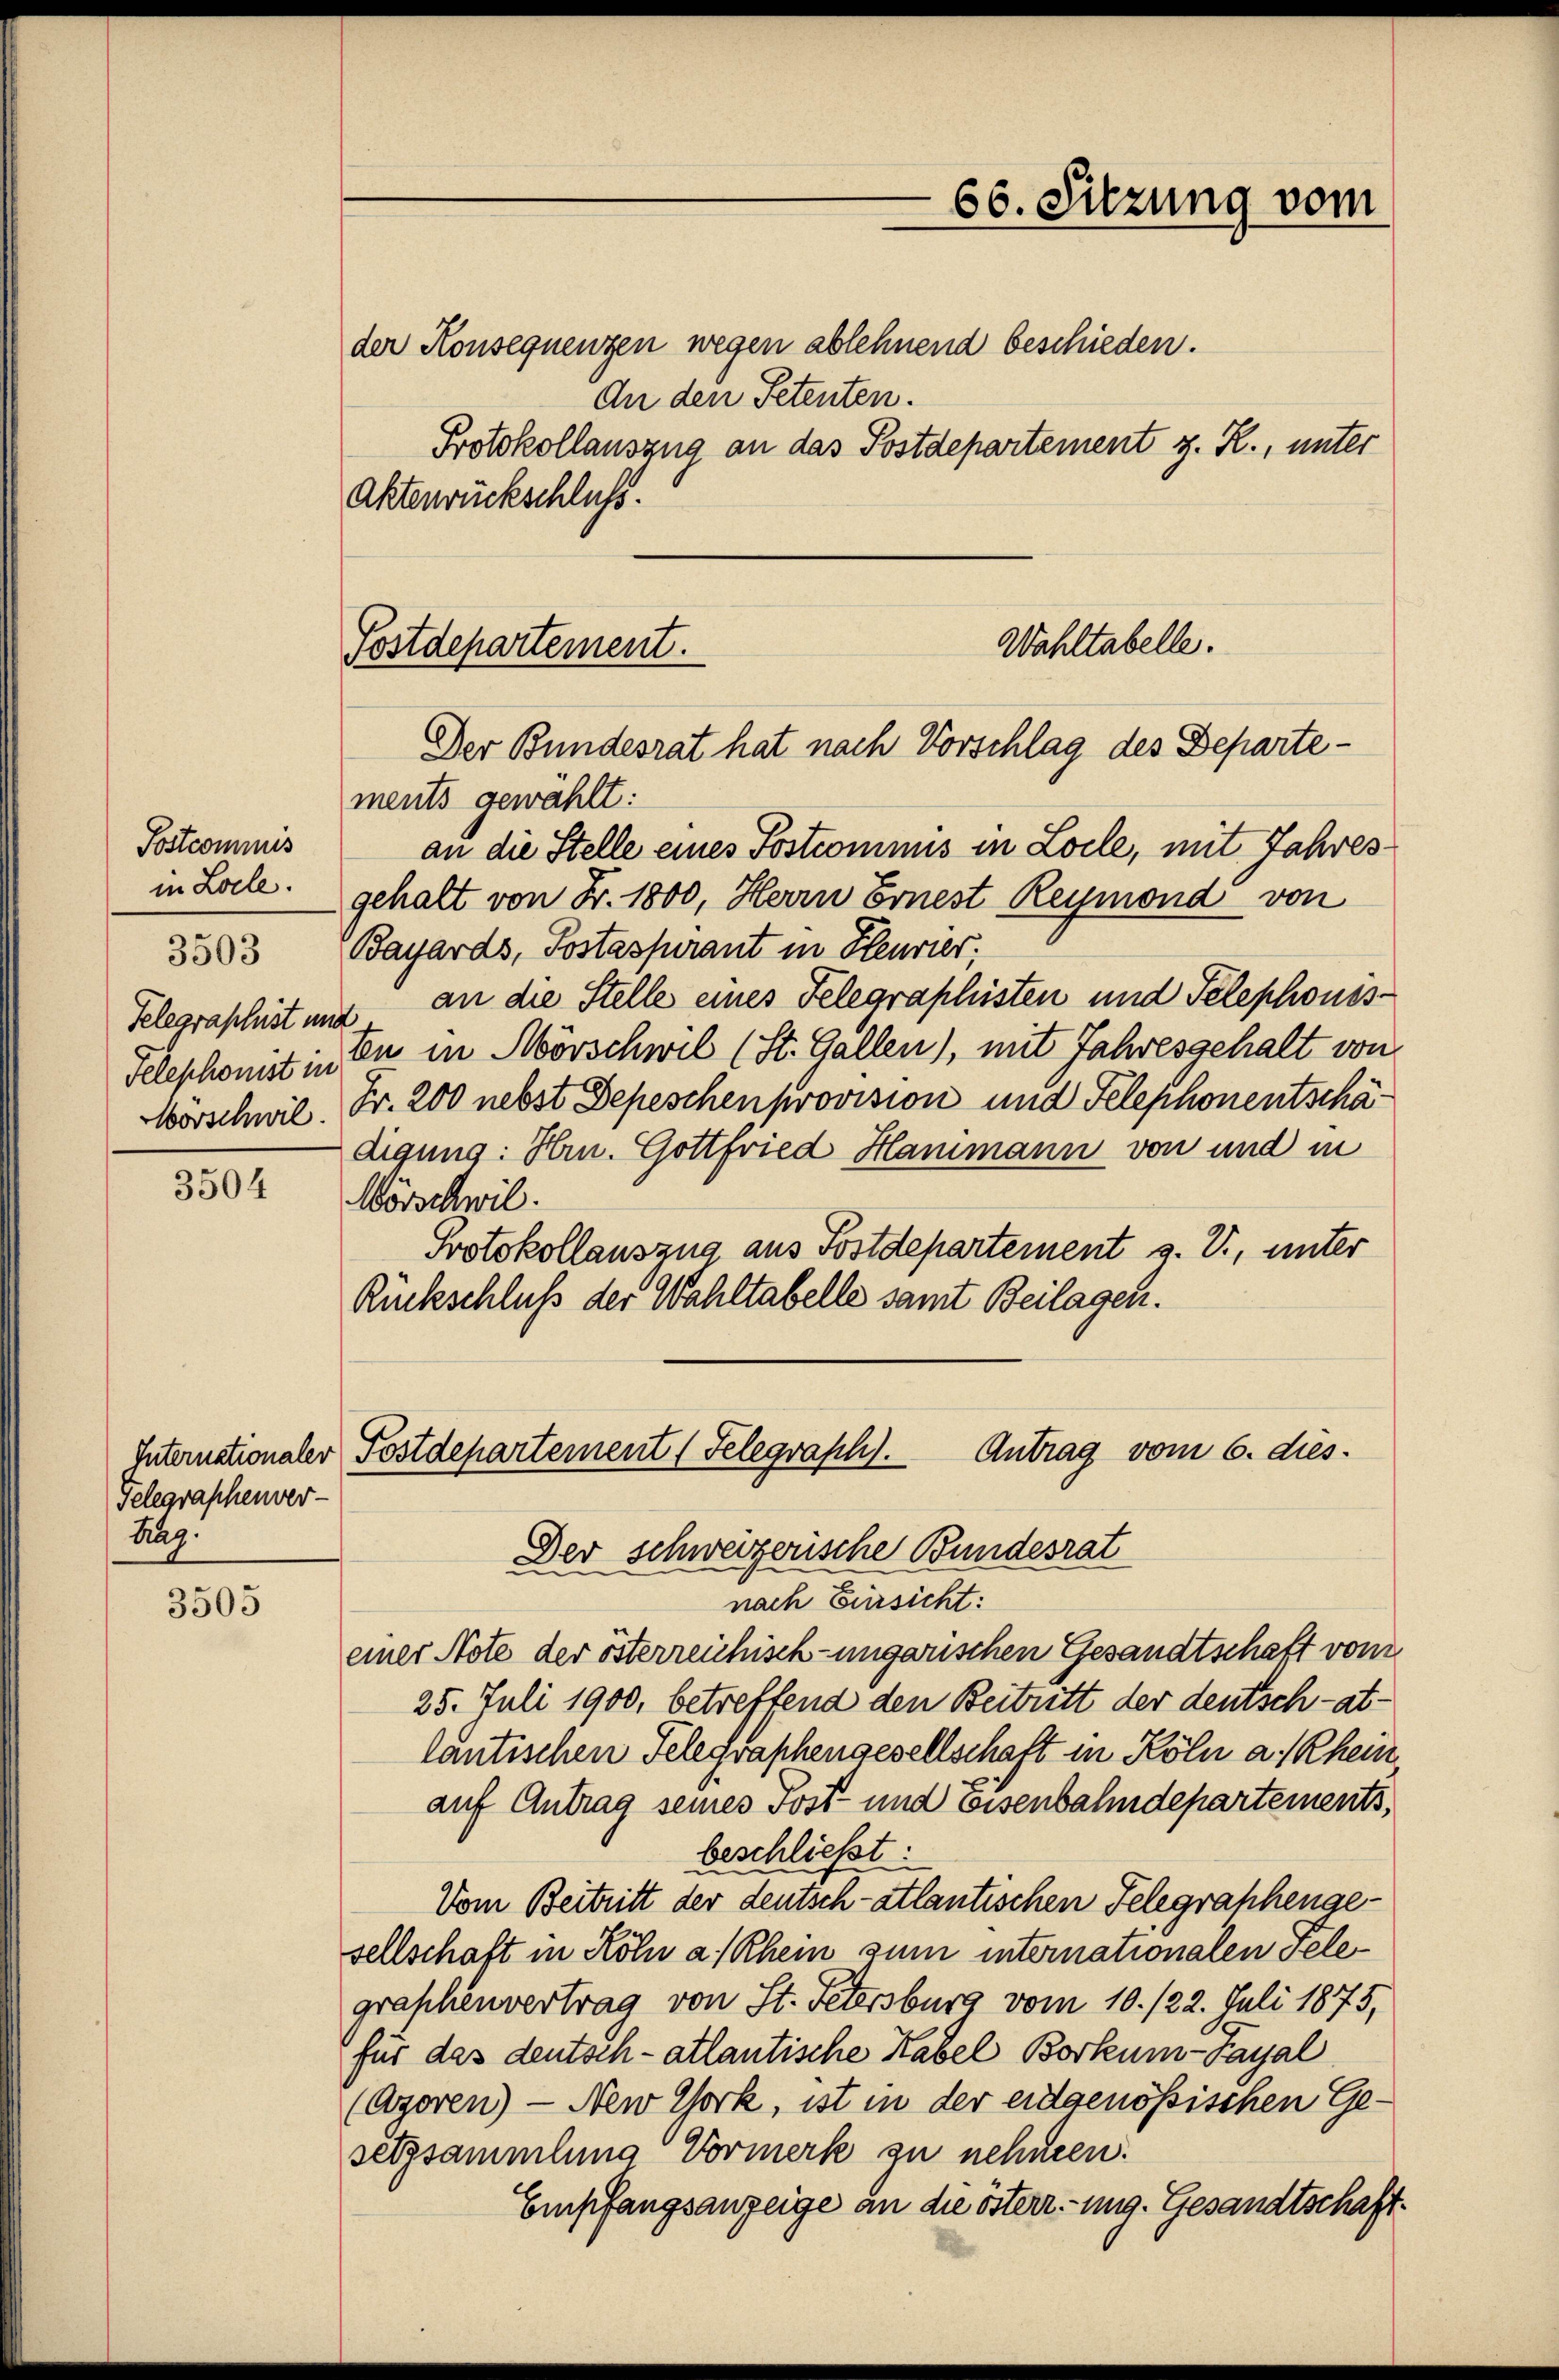
Postcommis
in Loele.

3503

Telegraphist im
Feleschonst u
Morschwil.

3504

Telegraphenver-
Hag.

3505

Wahltabelle.
Postdepartement.
Der Bundesrat hat nach Vorschlag des Departe¬

66. Sitzung vom

der Konsequenzen wegen ablehnend beschieden.
An den Petenten.
Protokollauszug an das Postdepartement z. R., unter
Aktenrückschluss.

ments gewählt:
an die Stelle eines Postcommis in Locle, mit Jahres
gehalt von Fr. 1800, Herrn Ernest Reymond von
Bayards, Postaspirant in Heurier;
an die Stelle eines Telegraphisten und Telephonisd
En in Mörschwil (St. Gallen), mit Jahresgehalt von
Fr. 200 nebst Depeschen provision und Telephonentschädigung: Hrn. Gottfried Hammann von und in
Wörschwil.
Protokollauszug aus Postdepartement z. V., unter
Rückschluß der Wahltabelle samt Beilagen.
Antrag vom 6. dies
Internationaler Postdepartement (Felegraph.
Der schweizerische Bundesrat
nach Einsicht:
einer Note der österreichisch-ungarischen Gesandtschaft von
25. Juli 1900, betreffend den Beitritt der deutsch-atlantischen Telegraphengesellschaft in Köln a/Rhein
auf Antrag seines Post und Eisenbahndepartements,
beschließt:
Vom Beitritt der deutsch-atlantischen Telegraphengesellschaft in Köln a/Rhein zum internationalen Telegraphenvertrag von St. Petersburg vom 10. 122. Juli 1875,
für das deutsch- atlantische Rabel Borkum-Payal
(Azoren) — New York, ist in der eidgenössischen Gesetzsammlung Vormerk zu nehmen.
Empfangsanzeige an die österr. ung. Gesandtschaft.